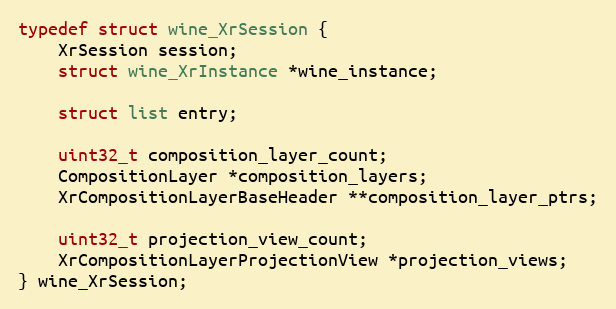
Language: C
typedef struct wine_XrSession {
    XrSession session;
    struct wine_XrInstance *wine_instance;

    struct list entry;

    uint32_t composition_layer_count;
    CompositionLayer *composition_layers;
    XrCompositionLayerBaseHeader **composition_layer_ptrs;

    uint32_t projection_view_count;
    XrCompositionLayerProjectionView *projection_views;
} wine_XrSession;